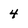
Character: 4